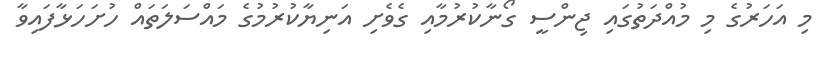
މި އަހަރުގެ މި މުއްދަތުގައި ޖިންސީ ގޯނާކުރުމާއި ގެވެށި އަނިޔާކުރުމުގެ މައްސަލަތައް ހުށަހަޅާފައިވާ